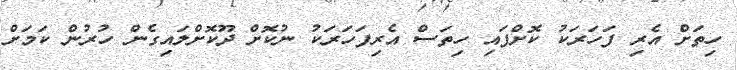
ހިތަށް އެރި ފަހަރަކު ކޮށްފައި ހިތަސް އެރިފަހަރަކު ނުކޮށް ދޫކޮށްލައިގެން ހުރުން ކަމަށް